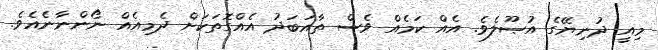
މިއީ ދުނިޔޭގެ އުޞޫލެވެ. އެއް ކަމެއް ވެސް ތާއަބަދު އެއްގޮތަކަށް ދެމިއެއް ނޯންނާނެއެވެ.